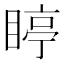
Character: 䁎